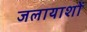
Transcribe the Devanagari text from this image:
जलायाशों